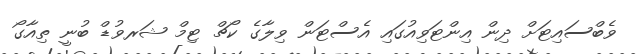
ވެބްސައިޓަށް ދިން އިންޓަވިއުގައި އެސްޓަން ވިލާގެ ކޯޗް ޓިމް ޝަރވުޑް ބުނީ ތިއާގޯ